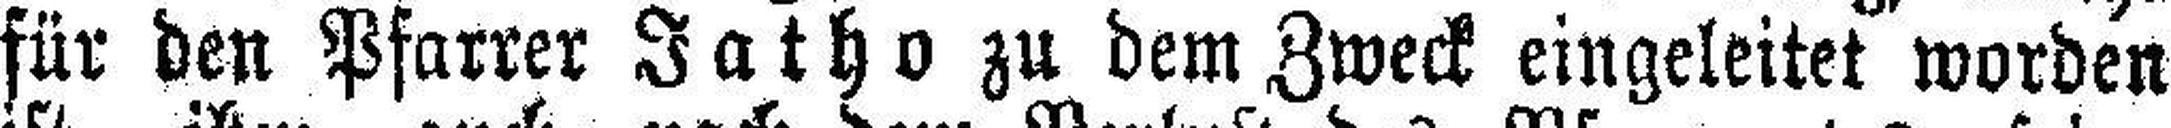
für den Pfarrer Jatho zu dem Zweck eingeleitet worden